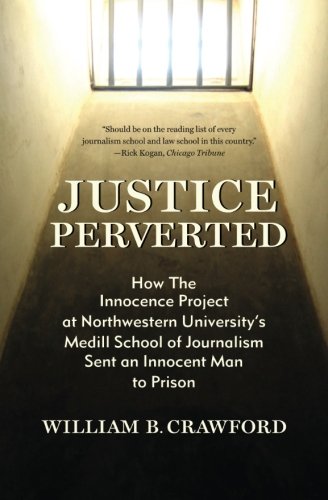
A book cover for Justice Perverted: How The Innocence Project at Northwestern University's  Medill School of Journalism Sent an Innocent Man to Prison; William B. Crawford; Law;